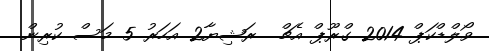
ވޯލްޑްކަޕް 2014 ގްރޫޕް އެޗް  ރަޝިޔާ2 އަހަރު 5 މަސް ކުރިން.